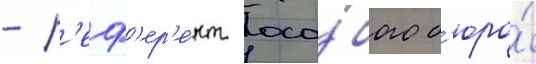
- р'еф'ер'е́нт осо́бого б'юро́